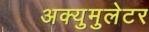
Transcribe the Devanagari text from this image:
अक्युमुलेटर